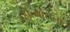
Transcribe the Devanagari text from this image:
हाल्मोसला